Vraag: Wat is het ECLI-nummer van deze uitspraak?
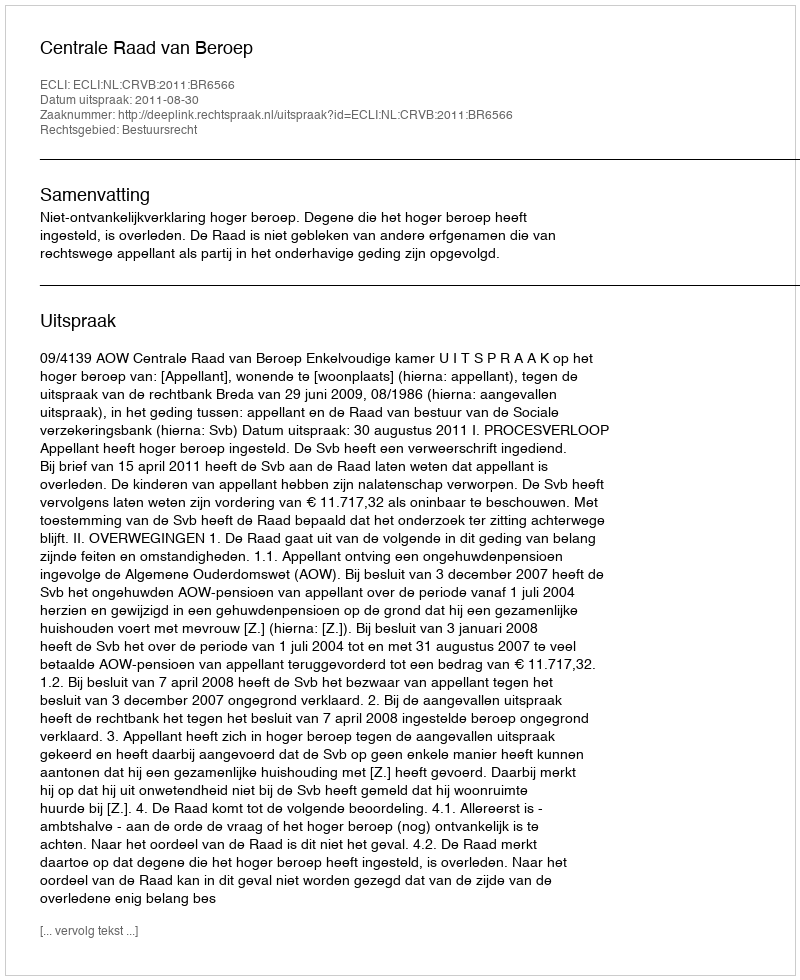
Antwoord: ECLI:NL:CRVB:2011:BR6566